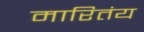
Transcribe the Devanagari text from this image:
मारितंय